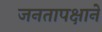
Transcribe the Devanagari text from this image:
जनतापक्षाने